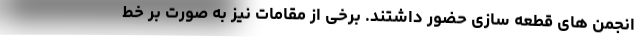
انجمن های قطعه سازی حضور داشتند. برخی از مقامات نیز به صورت بر خط